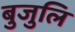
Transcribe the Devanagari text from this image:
बुजुलि